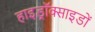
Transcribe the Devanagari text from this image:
हाइड्रॉक्साइडों